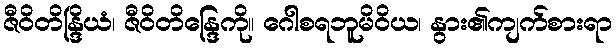
ဇီဝိတိန္ဒြိယံ၊ ဇီဝိတိန္ဒြေကို။ ဂေါစရဘူမိဝိယ၊ နွား၏ကျက်စားရာ